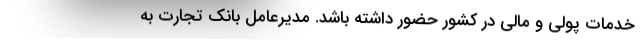
خدمات پولی و مالی در کشور حضور داشته باشد. مدیرعامل بانک تجارت به